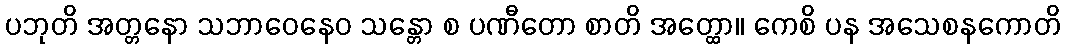
ပဘုတိ အတ္တနော သဘာဝေနေဝ သန္တော စ ပဏီတော စာတိ အတ္ထော။ ကေစိ ပန အသေစနကောတိ